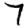
Digit: 7